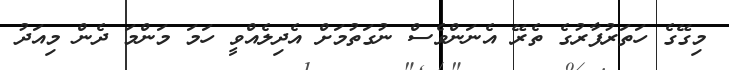
މިގޭގެ ހަތަރުފާރުގެ ތެރޭ އެނަންވެސް ނުގަތުމަށް އެދިލެއްވީ ހަމަ މަންމަ ދެން މިއަދު